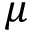
\mu